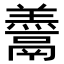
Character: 𩱋